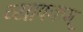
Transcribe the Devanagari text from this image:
व्यापकम्